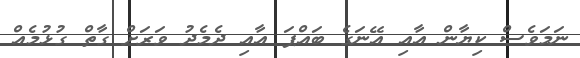
ނަމަވެސް ކިޔާން އާއި އޭނަގެ ބައްޕަ އާއި ދެމެދު ވަރަށް ގާތް ގުޅުމެއް